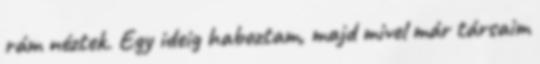
rám néztek. Egy ideig haboztam, majd mivel már társaim